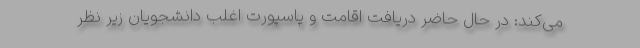
می‌کند: در حال حاضر دریافت اقامت و پاسپورت اغلب دانشجویان زیر نظر